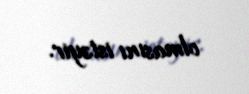
olmasını istəyir.